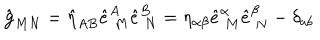
\hat { { \bf g } } _ { M N } = \hat { \eta } _ { A B } \hat { e } _ { \ M } ^ { A } \hat { e } _ { \ N } ^ { B } = \eta _ { \alpha \beta } \hat { e } _ { \ M } ^ { \alpha } \hat { e } _ { \ N } ^ { \beta } - \delta _ { a b }